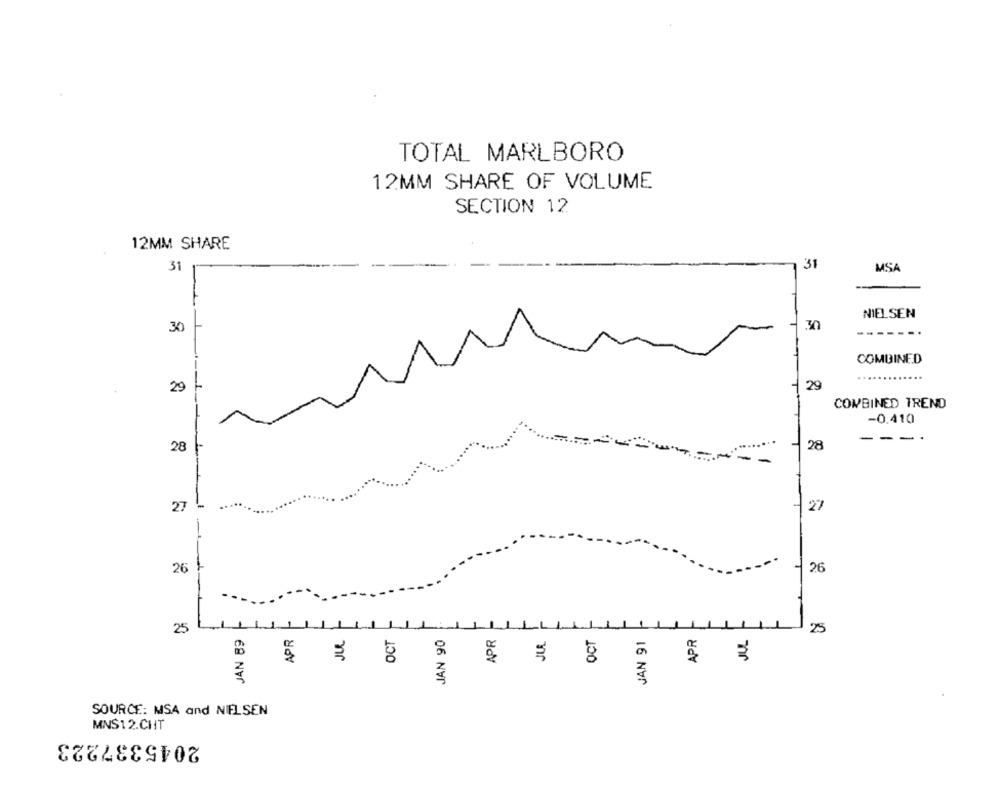
TOTAL MARLBORO
12MM SHARE OF VOLUME
SECTION 12
12MM SHARE
31
31
MSA
NIELSEN
30
.30
----
COMBINED
29
29
COMBINED TREND
-0.410
---
28
28
----
27
-
27
26
26
APR
25
11
JAN 89
111
JUL
OCT
JAN 90
APR
JUL
OCT
JAN 91
APR
JUL
25
SOURCE: MSA and NIELSEN
MNS12.CHT
2045337223